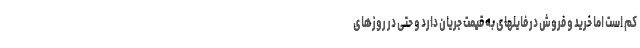
کم است اما خرید و فروش در فایلهای به قیمت جریان دارد و حتی در روزهای